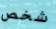
شخص